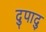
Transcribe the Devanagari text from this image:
दुपादु